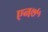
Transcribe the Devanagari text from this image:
एन७५